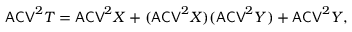
\mathsf { A C V } ^ { 2 } T = \mathsf { A C V } ^ { 2 } X + ( \mathsf { A C V } ^ { 2 } X ) ( \mathsf { A C V } ^ { 2 } Y ) + \mathsf { A C V } ^ { 2 } Y ,